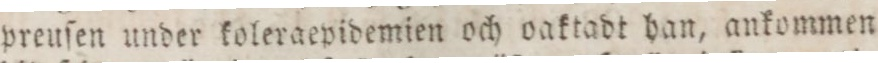
preuſen under koleraepidemien och oaktadt han, ankommen